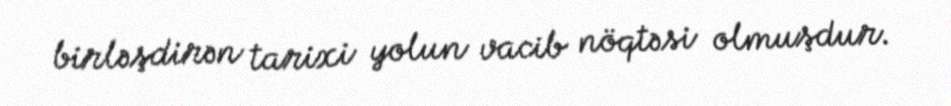
birləşdirən tarixi yolun vacib nöqtəsi olmuşdur.